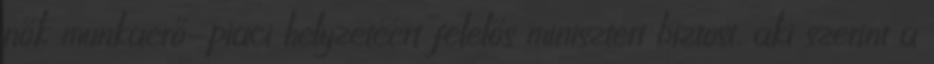
nők munkaerő-piaci helyzetéért felelős miniszteri biztost, aki szerint a